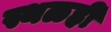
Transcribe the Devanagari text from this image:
स्थळही